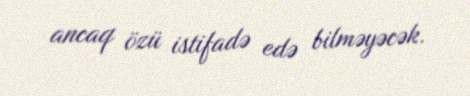
ancaq özü istifadə edə bilməyəcək.